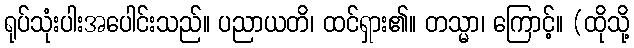
ရုပ်သုံးပါးအပေါင်းသည်။ ပညာယတိ၊ ထင်ရှား၏။ တသ္မာ၊ ကြောင့်။ (ထိုသို့